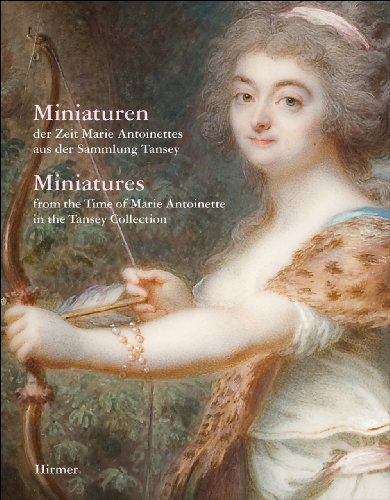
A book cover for Miniatures: From the Time of Marie Antoinette in the Tansey Collection; Crafts, Hobbies & Home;